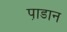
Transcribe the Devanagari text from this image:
पा़डान